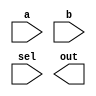
//         _____
//  a --> | mux |
//  b --> |_____| --> out : when sel is 1, out is b
//           |
//    sel -- +

module my_mux (a, b, sel, out);

input a, b, sel;
output out;

`ifdef GATE_LEVEL
wire selb, out1, out2;
not i1(selb, sel);          //  : selb,  : sel (sel invert)
and a1(out1, a, selb);      // out1 = a & !sel
and a2(out2, b, sel);       // out2 = b & sel
or o1(out, out1, out2);     // out = out1 | out2

`elsif DATAFLOW_LEVEL       // RTL Llevel implementation
assign out = sel ? b : a;
`endif

endmodule